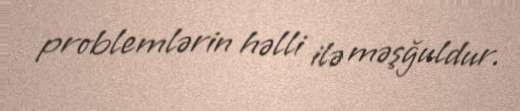
problemlərin həlli ilə məşğuldur.